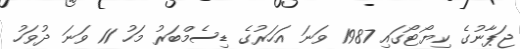
ޖަޕާނުގެ ކިޔޯޓޯގައި 1987 ވަނަ އަހަރުގެ ޑިސެމްބަރު މަހު 11 ވަނަ ދުވަހު